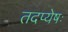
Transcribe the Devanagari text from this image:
तदप्येषः